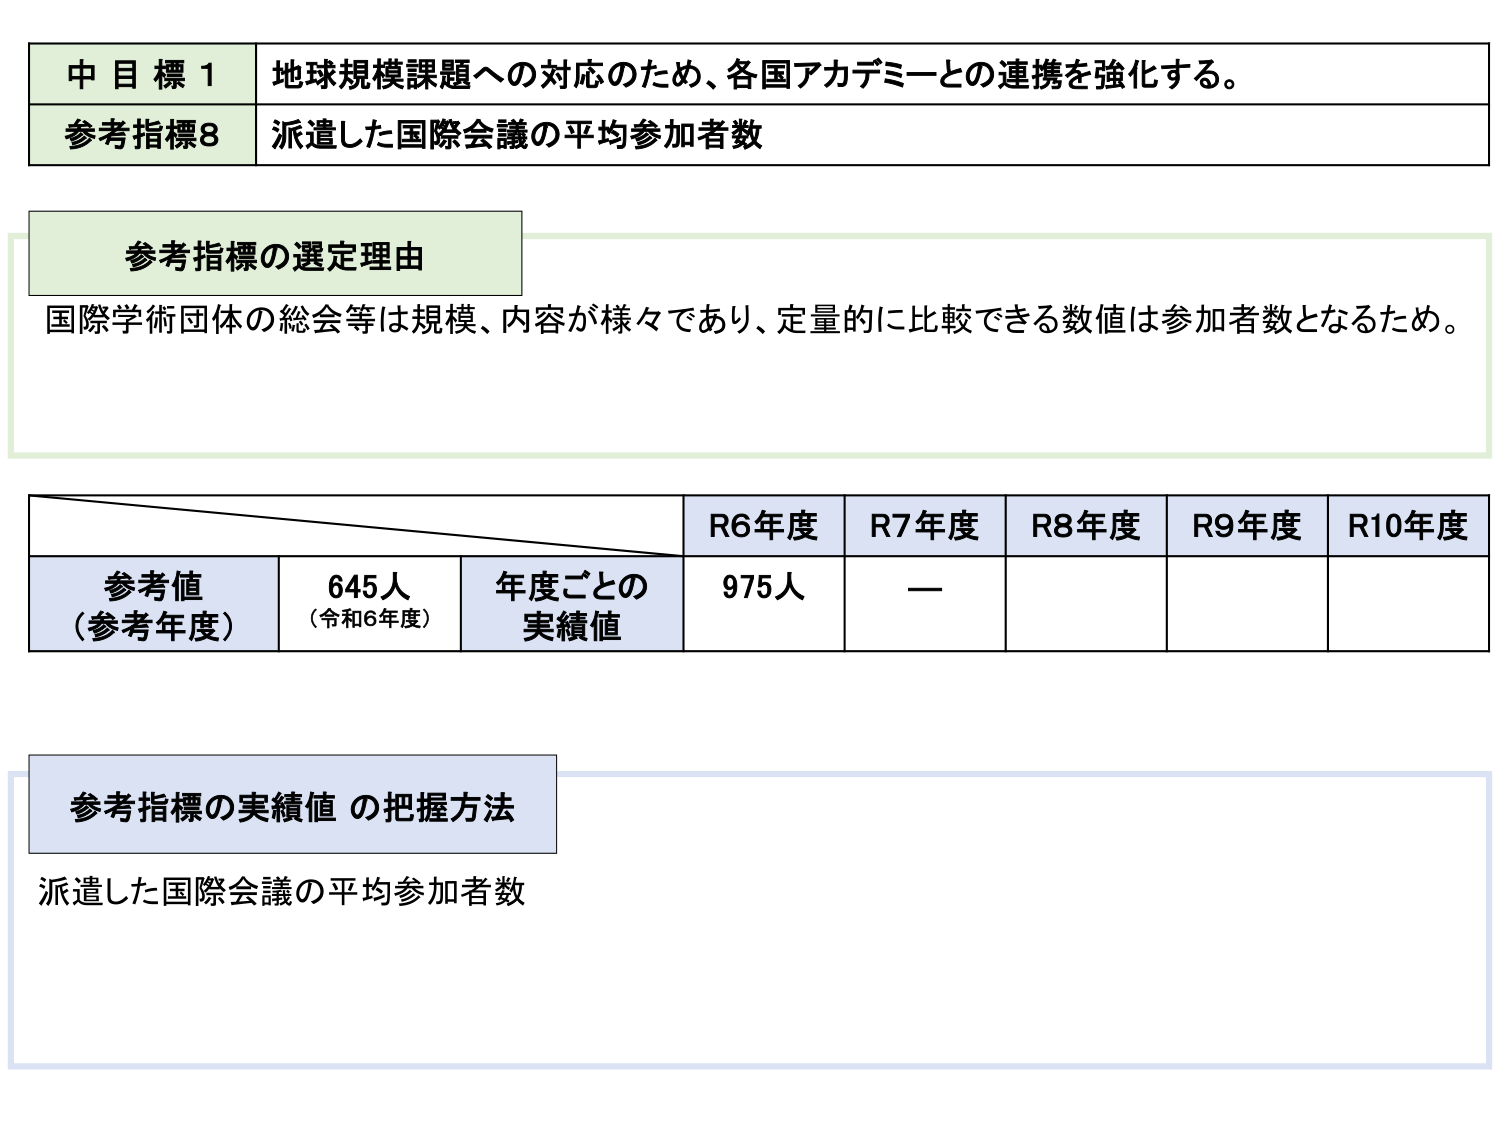
中目標1 地球規模課題への対応のため、各国アカデミーとの連携を強化する。
参考指標8 派遣した国際会議の平均参加者数

参考指標の選定理由
国際学術団体の総会等は規模、内容が様々であり、定量的に比較できる数値は参加者数となるため。

R6年度 R7年度 R8年度 R9年度 R10年度
参考値（参考年度） 645人（令和6年度） 年度ごとの実績値 975人 —

参考指標の実績値 の把握方法
派遣した国際会議の平均参加者数